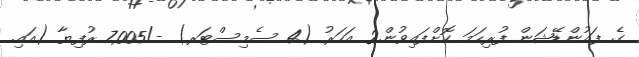
ގެ ފައުންޑޭޝަން ފުރިހަމަ ކޮށްފައިވުން.2 އަހަރު (4 ސެމިސްޓަރ) -/7